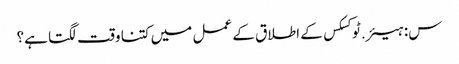
س: ہیئر.ٹوکسکس کے اطلاق کے عمل میں کتنا وقت لگتا ہے؟